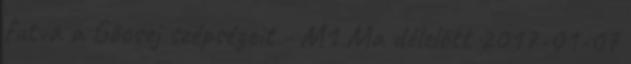
futva a Göcsej szépségeit - M1 Ma délelőtt 2017-01-07